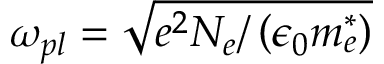
\omega _ { p l } = \sqrt { e ^ { 2 } N _ { e } / \left( \epsilon _ { 0 } m _ { e } ^ { * } \right) }